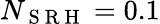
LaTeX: N_{\mathrm{~S~R~H~}}=0.1